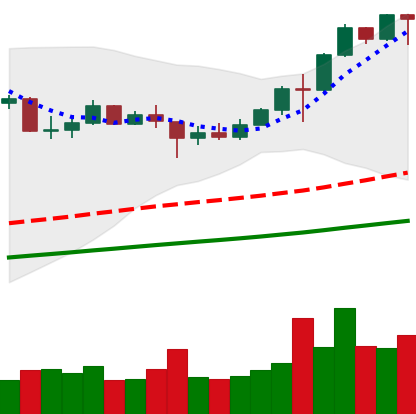
Ticker: LINK-USD
Chart end date: 2020-08-07
Forward return: 65.169%
Label: up_7plus